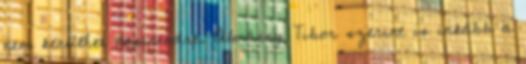
nem kerülhet napirendre. Almássy Tibor szerint is inkább a